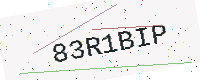
Text: 83R1BIP